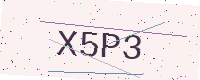
Text: X5P3